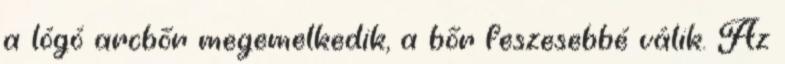
a lógó arcbőr megemelkedik, a bőr feszesebbé válik. Az